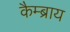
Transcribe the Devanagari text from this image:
कैम्ब्राय